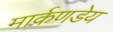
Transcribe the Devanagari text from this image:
मार्कणडेय